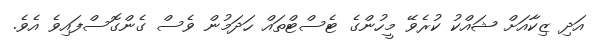
އަދި ޒިކާއަށް ޝައްކު ކުރެވޭ މީހުންގެ ޓެސްޓްތައް ހަދަމުން ވެސް ގެންގޮސްފައިވެ އެވެ.